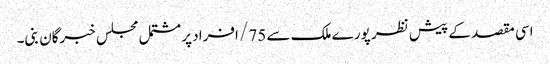
اسی مقصد کے پیش نظر پورے ملک سے 75/ افراد پر مشتمل مجلس خبرگان بنی۔